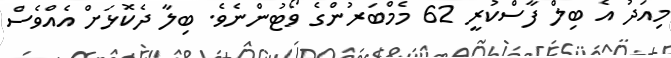
މިއަދު އެ ބިލް ފާސްކުރީ 62 މެމްބަރުންގެ ވޯޓުންނެވެ. ބިލާ ދެކޮޅަށް އެއްވެސް